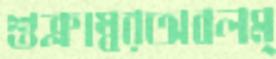
শুক্লাম্বরঅবলম্